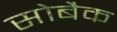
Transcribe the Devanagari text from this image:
सोबैक